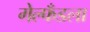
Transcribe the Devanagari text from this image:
गेल्फँडला